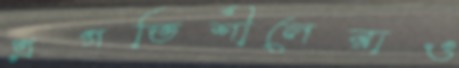
প্রগতিশীলেরাও